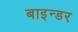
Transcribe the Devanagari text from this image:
बाइन्डर